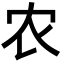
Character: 农